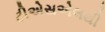
ટીએસએલથી